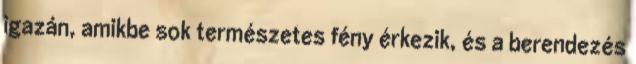
igazán, amikbe sok természetes fény érkezik, és a berendezés